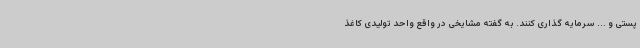
پستی و ... سرمایه گذاری کنند. به گفته مشایخی در واقع واحد تولیدی کاغذ